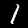
Label: 1